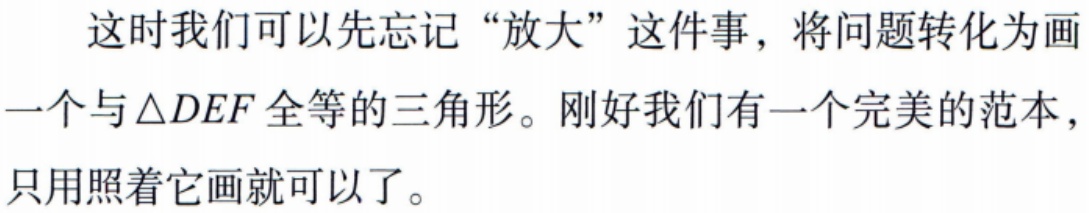
这时我们可以先忘记“放大”这件事，将问题转化为画一个与\(\triangle DEF\)全等的三角形。刚好我们有一个完美的范本，只用照着它画就可以了。